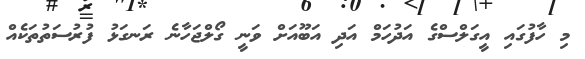
މި ހާފުގައި އީގަލްސްގެ އަދުހަމް އަދި އަބޫއަށް ވަނީ ގޯލްޖަހާނެ ރަނގަޅު ފުރުސަތުތަކެއް